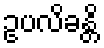
ဥပလိခန္တိ